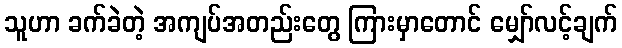
သူဟာ ခက်ခဲတဲ့ အကျပ်အတည်းတွေ ကြားမှာတောင် မျှော်လင့်ချက်